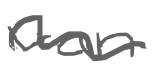
Text: van
Cross-out: wave
Writing tool: digital_gray